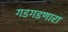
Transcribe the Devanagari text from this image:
गडगडणारा